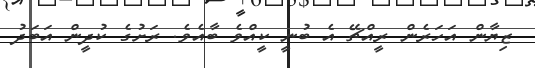
ޒިޔާން އަހަރެން ރީއްޗޭ އެ ބުނީ ކީއްވެ ބާއެވެ. ރަށުގެ ކުދީން އަބަދު